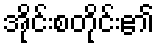
အိုင်းစတိုင်း၏